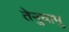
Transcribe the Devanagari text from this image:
तेनुचामु